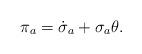
LaTeX: \begin{align*}\pi_a = \dot \sigma_a + \sigma_a\theta.\end{align*}